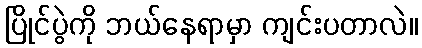
ပြိုင်ပွဲကို ဘယ်နေရာမှာ ကျင်းပတာလဲ။